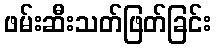
ဖမ်းဆီးသတ်ဖြတ်ခြင်း